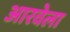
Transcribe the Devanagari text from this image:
आरवेला